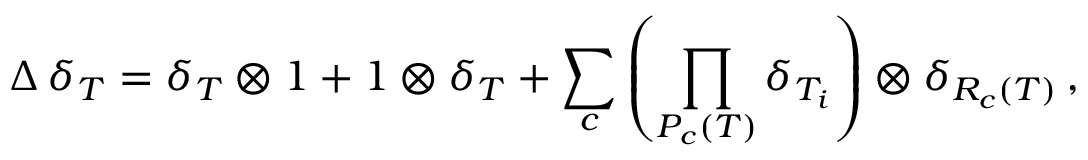
\Delta \, \delta _ { T } = \delta _ { T } \otimes 1 + 1 \otimes \delta _ { T } + \sum _ { c } \left( \prod _ { P _ { c } ( T ) } \delta _ { T _ { i } } \right) \otimes \delta _ { R _ { c } ( T ) } \, ,